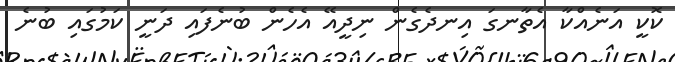
ކޮކީ އަނެއްކާ އެތާނގަ އިނދެގެން ނިދީއޭ އެހެން ބުނެފައި ދަނީ ކަމުގައި ބުނެ